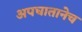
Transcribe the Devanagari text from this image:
अपघातानेच